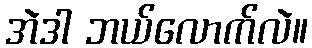
အဲဒါ ဘယ်လောက်လဲ။